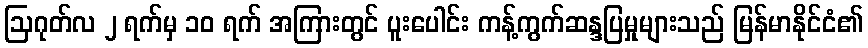
ဩဂုတ်လ ၂ ရက်မှ ၁၀ ရက် အကြားတွင် ပူးပေါင်း ကန့်ကွက်ဆန္ဒပြမှုများသည် မြန်မာနိုင်ငံ၏